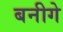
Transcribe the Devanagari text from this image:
बनीगे